Indian journal of veterinary science and animal husbandry - Volume 11,
Year: 1941
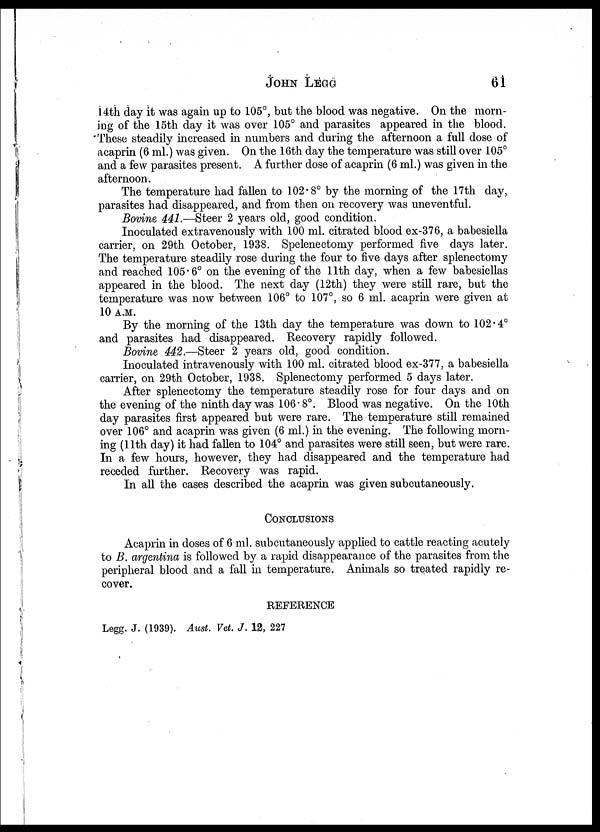
JOHN
LEGG
61
14th day it was again up to 105°, but the blood was negative. On the morn-
ing of the 15th day it was over 105° and parasites appeared in the blood.
These steadily increased in numbers and during the afternoon a full dose of
acaprin (6 ml. ) was given. On the 16th day the temperature was still over 105°
and a few parasites present. A further dose of acaprin (6 ml. ) was given in the
afternoon.
The temperature had fallen to 102.8° by the morning of the 17th day,
parasites had disappeared, and from then on recovery was uneventful.
Bovine 441. —Steer 2 years old, good condition.
Inoculated extravenously with 100 ml. citrated blood ex-376, a babesiella
carrier, on 29th October, 1938. Spelenectomy performed five days later.
The temperature steadily rose during the four to five days after splenectomy
and reached 105.6° on the evening of the 11th day, when a few babesiellas
appeared in the blood. The next day (12th) they were still rare, but the
temperature was now between 106° to 107°, so 6 ml. acaprin were given at
10 A. M.
By the morning of the 13th day the temperature was down to 102.4°
and parasites had disappeared. Recovery rapidly followed.
Bovine 442. —Steer 2 years old, good condition.
Inoculated intravenously with 100 ml. citrated blood ex-377, a babesiella
carrier, on 29th October, 1938. Splenectomy performed 5 days later.
After splenectomy the temperature steadily rose for four days and on
the evening of the ninth day was 106.8°. Blood was negative. On the 10th
day parasites first appeared but were rare. The temperature still remained
over 106° and acaprin was given (6 ml. ) in the evening. The following morn-
ing (11th day) it had fallen to 104° and parasites were still seen, but were rare.
In a few hours, however, they had disappeared and the temperature had
receded further. Recovery was rapid.
In all the cases described the acaprin was given subcutaneously.
CONCLUSIONS
Acaprin in doses of 6 ml. subcutaneously applied to cattle reacting acutely
to B. argentina, is followed by a rapid disappearance of the parasites from the
peripheral blood and a fall in temperature. Animals so treated rapidly re-
cover.
REFERENCE
Legg. J. (1939). Aust. Vet. J. 12, 227